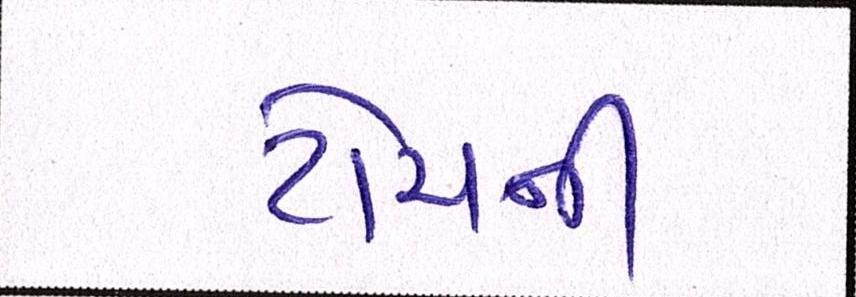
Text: ટોચની